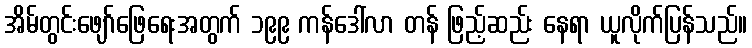
အိမ်တွင်းဖျော်ဖြေရေးအတွက် ၁၉၉ ကန်ဒေါ်လာ တန် ဖြည့်ဆည်း နေရာ ယူလိုက်ပြန်သည်။